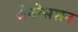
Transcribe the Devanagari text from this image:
जेनरेसशन